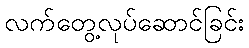
လက်တွေ့လုပ်ဆောင်ခြင်း